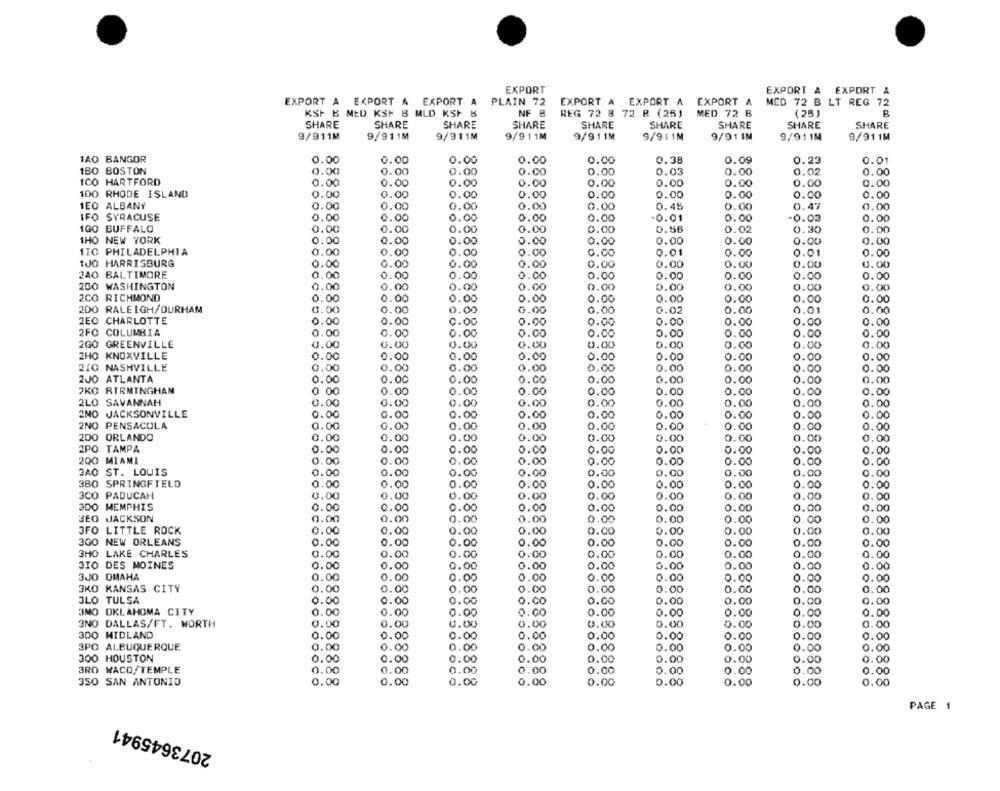
EXPORT
EXPORT & EXPORT A
EXPORT A EXPORT A EXPORT A
PLAIN 72
EXPORT A EXPORT A EXPORT A
MED 72 B LT REG 72
B
KSP & MED KSF 8 MLD KSF &
NF B
REG 72 8 72 R (25)
MED 72 B
(25 )
SHARE
SHARE
SHARE
SHARE
SHARE
SHARE
SHARE
SHARE
SHARE
9/911M
9/911M
9/911M
9/911M
9/911M
9/911M
9/91 IN
9/91 18
9/911M
1AO BANGOR
0.00
0.00
0.00
0.00
0.00
0.38
0.09
0.23
0.01
1BO BOSTON
0.00
0.00
0.00
0.00
0.00
0.03
0.00
1.02
0.00
ICO HARTFORD
0.00
0.00
0.00
0.00
0.00
0.00
0.00
0.00
0.00
100 RHODE ISLAND
0.00
0.00
.00
0.00
0.00
0.00
0.00
.00
0.00
1EO ALBANY
0.00
0.00
0.00
0.00
0.00
0.45
0.00
0.47
0.00
IFO SYRACUSE
0.0
0.00
0.00
0.00
0.00
0.01
0.00
.03
0.00
100 BUFFALO
0.00
0.00
0.00
0.00
0.56
0.02
0.00
0.00
1.30
THO NEW YORK
0.00
0.00
0.00
0.00
0.00
0.00
0.00
0.00
0.00
1IC PHILADELPHIA
0.00
0.00
0.00
0.00
0.00
0.01
0.00
0.01
0.00
TJO HARRISBURG
0.00
.00
O
0.00
.00
0.00
0.00
0.00
.00
0.00
240 BALTIMORE
0.00
0.00
0.00
0.00
0.00
0.00
.00
0.00
200 WASHINGTON
.00
0.00
0.00
0.00
0.00
0.00
0.00
0.00
0.00
0.00
2CO RICHMOND
0.00
0.00
O
0.00
0.00
0.00
0.00
0.00
0.00
2DO RALEIGH/DURHAM
0.00
0.00
1.00
0.00
0.00
0.00
0.00
0.02
0.00
0.01
2EO CHARLOTTE
0.00
0.00
0.00
0.00
0.00
0.00
0.00
0.00
0.00
2FC COLUMBIA
0.00
1.00
0.00
0.00
0.00
0.00
0.00
0.00
0.00
2GO GREENVILLE
0.00
0.00
0.00
0.00
0.00
0.00
0.00
0.00
0.00
2HO KNOXVILLE
0.00
0.00
0.00
0.00
0.00
0.00
0.00
2.00
0.00
210 NASHVILLE
0.00
.00
0.00
0.00
0.00
0.00
0.00
0.00
0.00
2JO ATLANTA
0.00
0.00
0.00
0.00
0.00
0.00
0.00
0.00
0.00
PKO BIRMINGHAM
1 00
1.00
0.00
0.00
0.00
0.00
0.00
0.00
0.00
2LO SAVANNAH
0.00
0.00
.00
0.00
0.00
0.00
0.00
.00
0.00
2NO JACKSONVILLE
0.00
1.00
1.00
0.00
0.00
0.00
0.00
.00
0.00
2NO PENSACOLA
0.00
0.00
.00
0.00
0.00
0.00
0.00
0.
0.00
200 ORLANDO
0.00
0.00
0.00
0.00
0.00
0.00
0.00
0.00
0.00
2PO TAMPA
0.
.00
0.00
0.00
0.00
0.00
0.00
.00
0.00
200 MIAMI
0.00
o .
2.00
0.00
0.00
0.00
0.00
0.00
0.00
3AO ST. LOUIS
0.00
0.00
0.00
0.00
0.00
0.00
0.00
0.00
0.00
3BO SPRINGFIELD
1.00
0.00
0.00
0.00
0.00
0.00
0.00
.00
0.00
3CO PADUCAH
0.00
0.00
0.00
0.00
0.00
0.00
0.00
0.00
0.00
3DO MEMPHIS
0.00
0.00
0.00
0.00
0.
0.00
0.00
0.00
.00
BEO JACKSON
0.00
0.00
0.00
0.00
0.00
0.00
0.00
0.00
0.00
3FO LITTLE ROCK
0.00
0.00
.00
0.00
0.00
0.00
0.00
0.00
0.00
3GO NEW ORLEANS
0.00
0.00
0.00
0.00
0.00
0.00
0.00
0.00
0.00
3HO LAKE CHARLES
0.00
0.00
.00
0.00
0.00
0.00
0.00
0.00
0.00
3IO DES MOINES
0.00
0.00
0.00
0.00
0.00
0.00
0.00
0.00
0.00
3JO OMAHA
0.00
0.00
0.00
0.00
0.00
0.00
0.00
0.00
0.0
3KO KANSAS CITY
0.0
.00
0.00
0.00
0.00
0.00
0.00
0.00
1.00
3LO TULSA
o.
0.00
0.00
0.00
0.00
0.00
.00
0.00
0.00
3MO OKLAHOMA CITY
0.00
0.00
0.00
0.00
0.00
0.00
0.00
.00
0.00
3NO DALLAS/FT. WORTH
0.00
0.00
0.00
0.00
0.00
0.00
.00
0.00
300 MIDLAND
0.00
0.00
0.00
0.00
0.00
0.00
0.00
0.00
0.00
0.00
3PO ALBUQUERQUE
0.00
0.00
0.00
0.00
0.00
0.00
0.00
.00
0.00
0.00
0.00
0.00
300 HOUSTON
0.00
0.00
0.00
0.00
0.00
0.00
3RO WACO/TEMPLE
0.00
0.00
0.00
0.00
0.00
0.00
0.00
0.00
0.00
0.00
0.00
0.00
3SO SAN ANTONIO
0.00
0.00
0.00
0.00
0.00
0.00
PAGE 1
2073645941